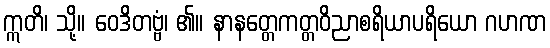
ဣတိ၊ သို့။ ဝေဒိတဗ္ဗံ၊ ၏။ နာနတ္တေကတ္တဝိညာစရိယာပရိယော ဂဟဏ